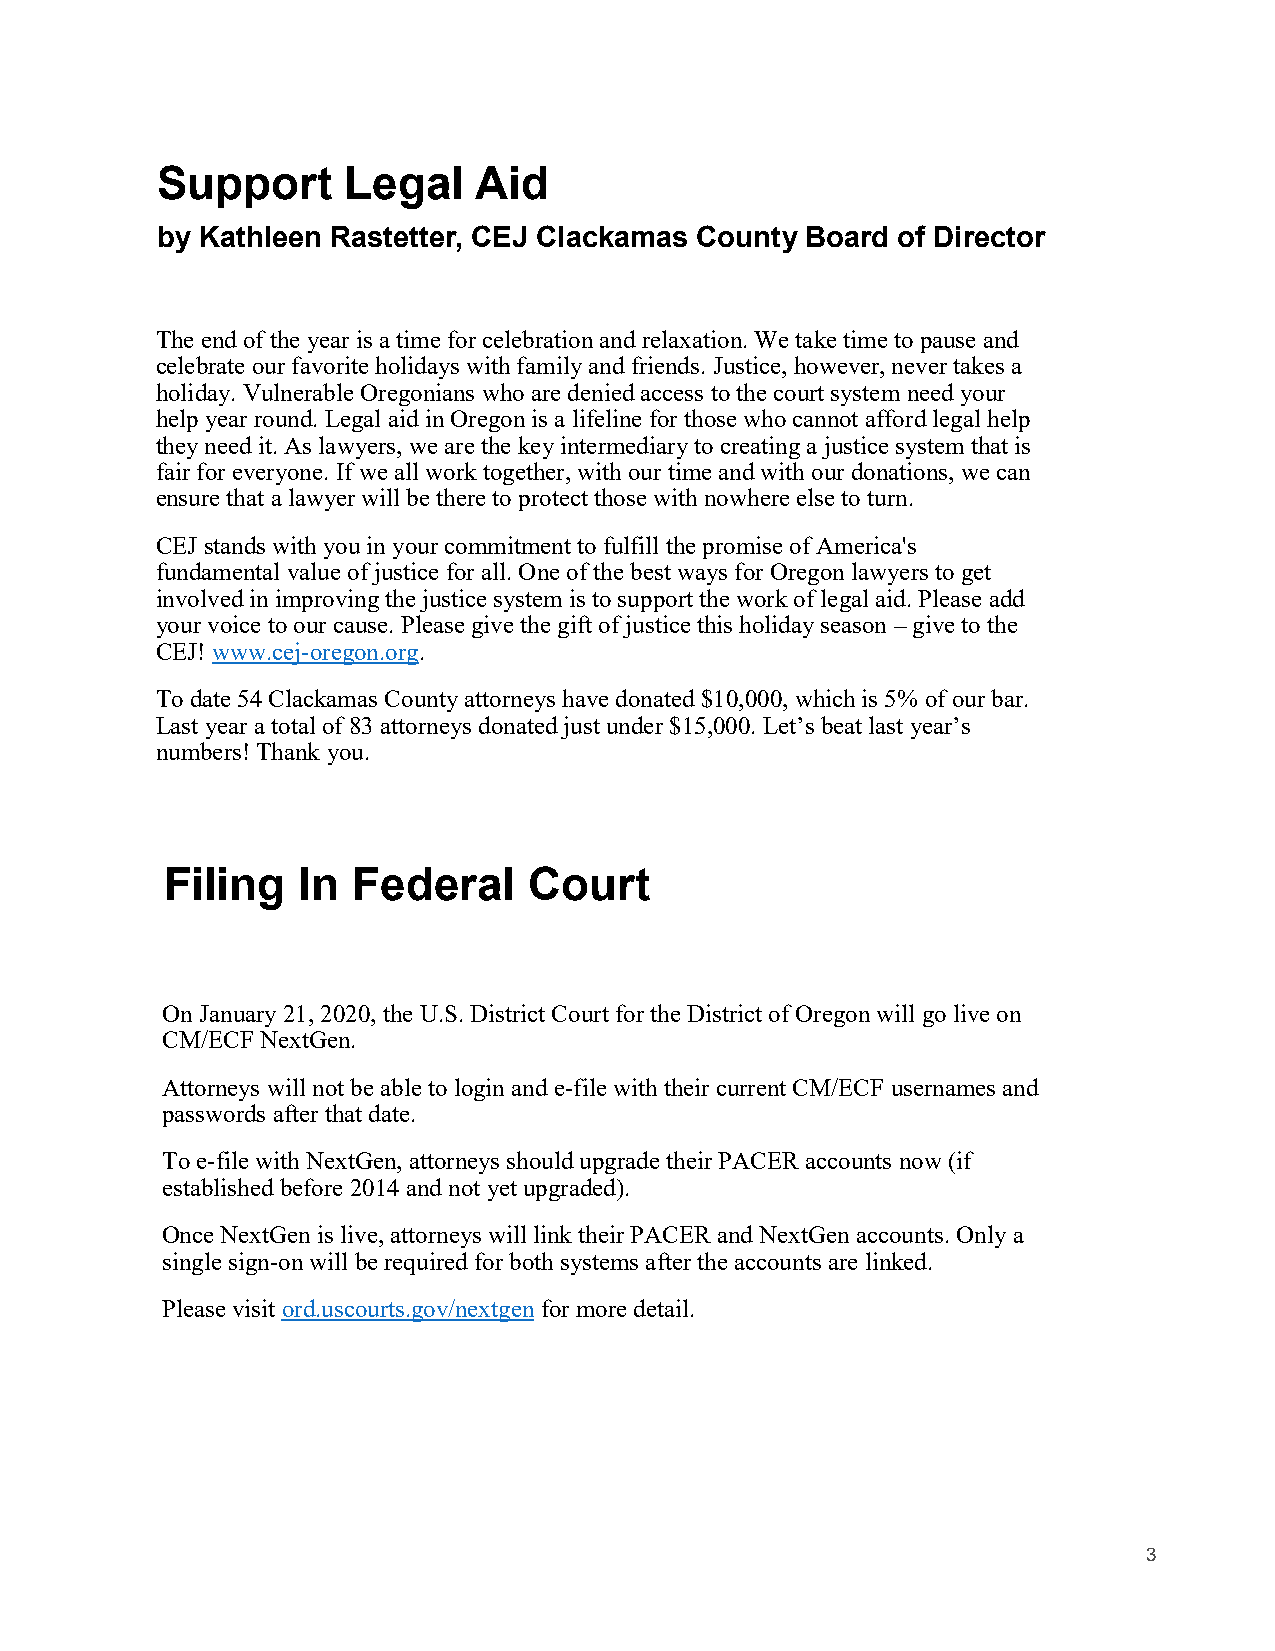
Support      Legal    Aid
 by Kathleen Rastetter, CEJ Clackamas County Board of Director
 The end of the year is a time for celebration and relaxation. We take time to pause and
 celebrate our favorite holidays with family and friends. Justice, however, never takes a
 holiday. Vulnerable Oregonians who are denied access to the court system need your
 help year round. Legal aid in Oregon is a lifeline for those who cannot afford legal help
 they need it. As lawyers, we are the key intermediary to creating a justice system that is
 fair for everyone. If we all work together, with our time and with our donations, we can
 ensure that a lawyer will be there to protect those with nowhere else to turn.
 CEJ stands with you in your commitment to fulfill the promise of America's
 fundamental value of justice for all. One of the best ways for Oregon lawyers to get
 involved in improving the justice system is to support the work of legal aid. Please add
 your voice to our cause. Please give the gift of justice this holiday season – give to the
 CEJ! www.cej-oregon.org.
 To date 54 Clackamas County attorneys have donated $10,000, which is 5% of our bar.
 Last year a total of 83 attorneys donated just under $15,000. Let’s beat last year’s
 numbers! Thank you.
 Filing   In Federal     Court
 On January 21, 2020, the U.S. District Court for the District of Oregon will go live on
 CM/ECF NextGen.
 Attorneys will not be able to login and e-file with their current CM/ECF usernames and
 passwords after that date.
 To e-file with NextGen, attorneys should upgrade their PACER accounts now (if
 established before 2014 and not yet upgraded).
 Once NextGen is live, attorneys will link their PACER and NextGen accounts. Only a
 single sign-on will be required for both systems after the accounts are linked.
 Please visit ord.uscourts.gov/nextgen for more detail.
 3